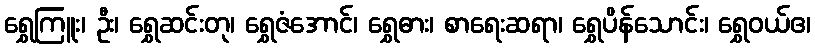
ရွှေကြူး၊ ဦး၊ ရွှေဆင်းတု၊ ရွှေဇံအောင်၊ ရွှေဓား၊ စာရေးဆရာ၊ ရွှေပိန်သောင်း၊ ရွှေဝယ်ဧ၊